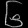
Digit: ၆